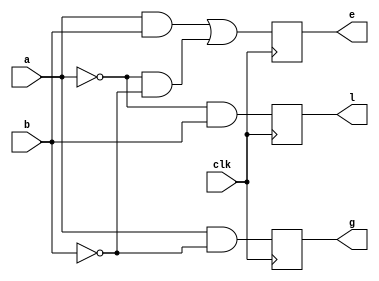
module comp(a,b,clk,g,e,l);
	input a,b;
	input clk;
	output reg g,e,l;

	always @(posedge(clk))
	begin
		g<=(a)&(~b);
		e<=(a&b)|((~a)&(~b));
		l<=(~a&b);
	end
endmodule


module stimulus();
	reg a,b,clk;
	wire g,e,l;

	initial
	begin
		$dumpfile("comp.vcd");
		$dumpvars;
	end

	comp tester(a,b,clk,g,e,l);

	initial
	begin
		clk=1'b0;	
	end
	always
	begin
		#5 clk=~clk;
	end

	initial begin
		a=1;b=0;
		#20 a=0;b=0;
		#20 a=0;b=1;
		#20 a=1;b=1;
		$finish;
	end
endmodule